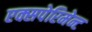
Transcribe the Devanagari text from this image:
एक्सपेरिमेन्ट